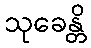
သုခေန္တိ